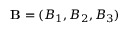
{ \bf B } = ( B _ { 1 } , B _ { 2 } , B _ { 3 } )